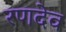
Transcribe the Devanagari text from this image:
रणदेव